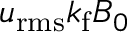
u _ { \mathrm { r m s } } k _ { \mathrm { f } } B _ { 0 }